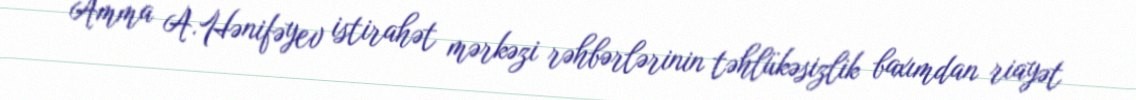
Amma A.Hənifəyev istirahət mərkəzi rəhbərlərinin təhlükəsizlik baxımdan riayət